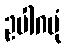
ဥပါဂမုံ